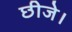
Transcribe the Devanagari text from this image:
छीजे।